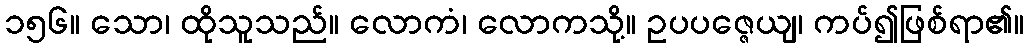
၁၅၆။ သော၊ ထိုသူသည်။ လောကံ၊ လောကသို့။ ဥပပဇ္ဇေယျ၊ ကပ်၍ဖြစ်ရာ၏။